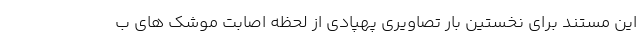
این مستند برای نخستین بار تصاویری پهپادی از لحظه اصابت موشک های ب